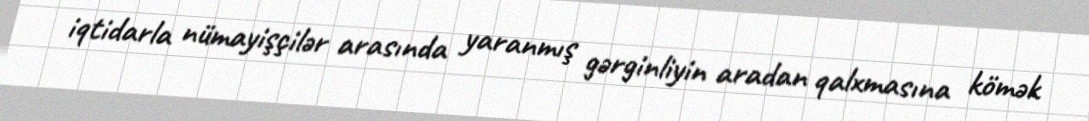
iqtidarla nümayişçilər arasında yaranmış gərginliyin aradan qalxmasına kömək